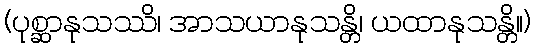
(ပုစ္ဆာနုသဿိ၊ အာသယာနုသန္တိ၊ ယထာနုသန္တိ။)